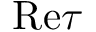
\mathrm { R e } \tau